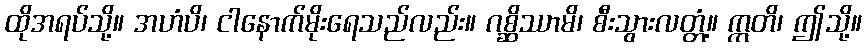
ထိုအရပ်သို့။ အဟံပိ၊ ငါနောက်မိုးရေသည်လည်း။ ဂစ္ဆိဿာမိ၊ စီးသွားလတ္တံ့။ ဣတိ၊ ဤသို့။